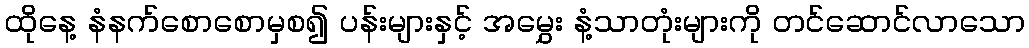
ထိုနေ့ နံနက်စောစောမှစ၍ ပန်းများနှင့် အမွှေး နံ့သာတုံးများကို တင်ဆောင်လာသော